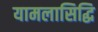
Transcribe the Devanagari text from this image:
यामलासिद्धि